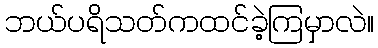
ဘယ်ပရိသတ်ကထင်ခဲ့ကြမှာလဲ။